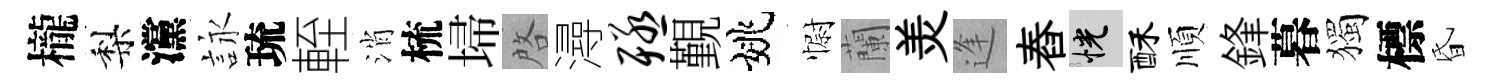
櫳梨灙詠琉輊消梳埽啓潯殛覲姚𢠢蘭羙逢舂恍酥順鋒暮獨標昏